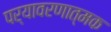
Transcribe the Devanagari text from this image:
पर्यावरणात्‍मक